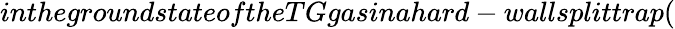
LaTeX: inthegroundstateoftheTGgasinahard-wallsplittrap(